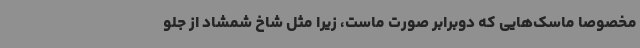
مخصوصا ماسک‌هایی که دوبرابر صورت ماست، زیرا مثل شاخ شمشاد از جلو